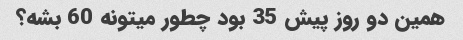
همین دو روز پیش 35 بود چطور میتونه 60 بشه؟